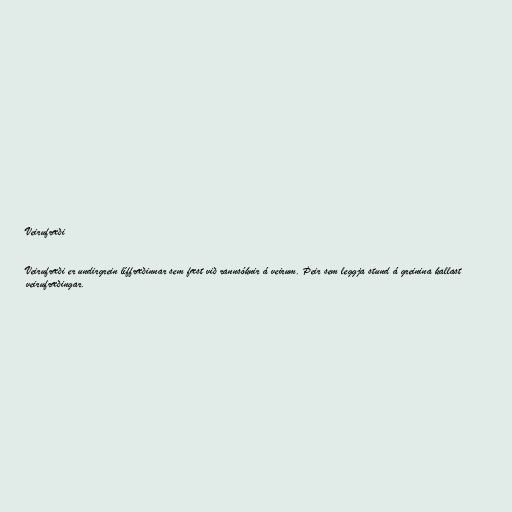
Veirufræði

Veirufræði er undirgrein líffræðinnar sem fæst við rannsóknir á veirum. Þeir sem leggja stund á greinina kallast
veirufræðingar.